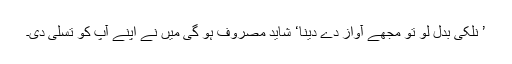
’ نلکی بدل لو تو مجھے آواز دے دینا‘ شاید مصروف ہو گی میں نے اپنے آپ کو تسلی دی۔